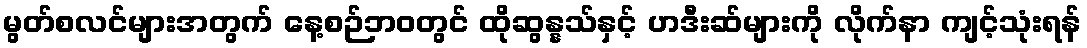
မွတ်စလင်များအတွက် နေ့စဉ်ဘဝတွင် ထိုဆွန္နသ်နှင့် ဟဒီးဆ်များကို လိုက်နာ ကျင့်သုံးရန်